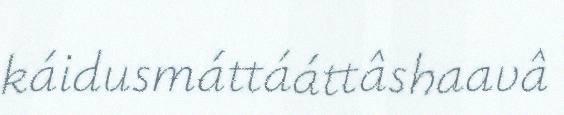
káidusmáttááttâshaavâ